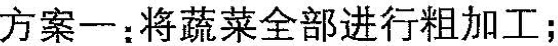
方案一：将蔬菜全部进行粗加工；